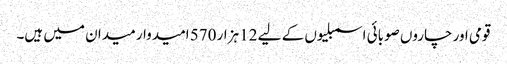
قومی اور چاروں صوبائی اسمبلیوں کے لیے 12 ہزار 570 امیدوار میدان میں ہیں۔